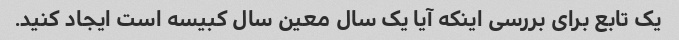
یک تابع برای بررسی اینکه آیا یک سال معین سال کبیسه است ایجاد کنید.